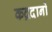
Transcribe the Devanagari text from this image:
कद्रदानों